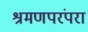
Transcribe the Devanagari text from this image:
श्रमणपरंपरा